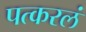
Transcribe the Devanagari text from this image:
पत्करलं